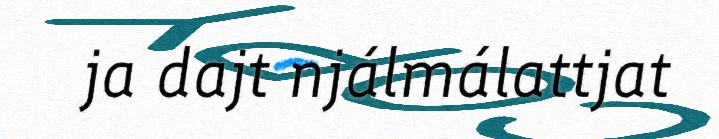
ja dajt njálmálattjat